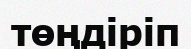
төңдіріп